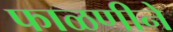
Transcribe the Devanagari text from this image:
फाळणीने